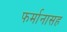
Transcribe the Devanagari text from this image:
फर्मानासह